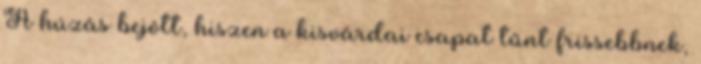
A húzás bejött, hiszen a kisvárdai csapat tűnt frissebbnek,